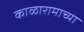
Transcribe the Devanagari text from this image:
काळारामाच्या